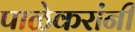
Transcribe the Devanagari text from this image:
पाळेकरांनी